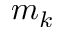
m _ { k }